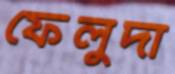
ফেলুদা